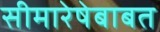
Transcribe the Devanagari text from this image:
सीमारेषेबाबत